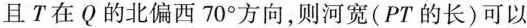
且T在Q的北偏西70^{\circ}}方向，则河宽(PT的长)可以